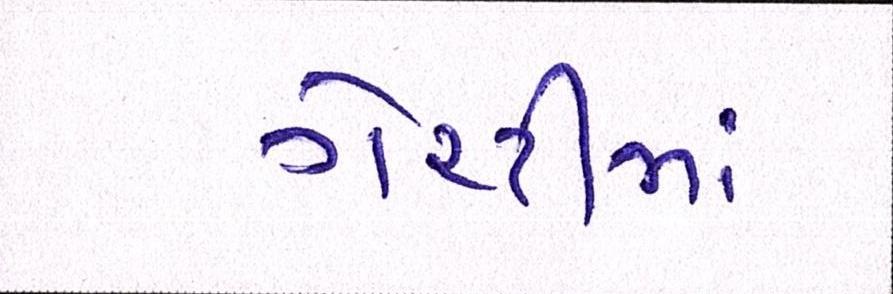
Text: ગેરંટીમાં